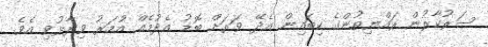
ސަރުކާރުން ރައްޔިތުންގެ ކިބައިން އެދޭ ވަރަށް ބޮޑު އެދުމެއް އުމަރު ވިދާޅުވި އެވެ.